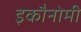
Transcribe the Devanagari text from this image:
इकौनोमी